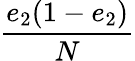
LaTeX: \displaystyle\frac{e_{2}(1-e_{2})}{N}